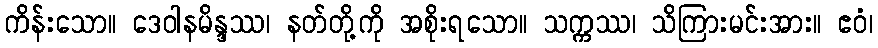
ကိန်းသော။ ဒေဝါနမိန္ဒဿ၊ နတ်တို့ကို အစိုးရသော။ သက္ကဿ၊ သိကြားမင်းအား။ ဧဝံ၊